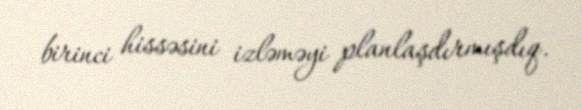
birinci hissəsini izləməyi planlaşdırmışdıq.